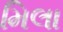
મિલા